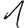
Digit: 1